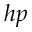
h p